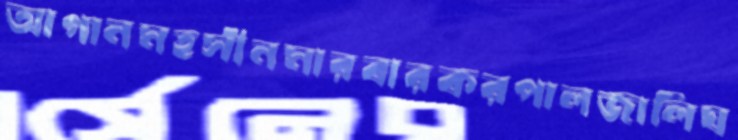
আগানমহসীনমারবারকরপালজালিঘ